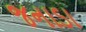
જનાડા